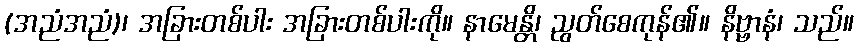
(အညံအညံ)၊ အခြားတစ်ပါး အခြားတစ်ပါးကို။ နာမေန္တိ၊ ညွတ်စေကုန်၏။ နိဗ္ဗာနံ၊ သည်။